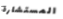
المستشارة